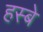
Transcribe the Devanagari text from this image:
हस्बे